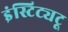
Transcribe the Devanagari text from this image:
इंस्टिट्यटू